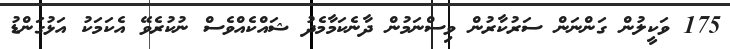
175 ވަކީލުން ގަންނަން ސަރުކާރުން ވިސްނަމުން ދާނެކަމާމެދު ޝައްކެއްވެސް ނުކުރެވޭ އެކަމަކު އަޅުގަންޑު